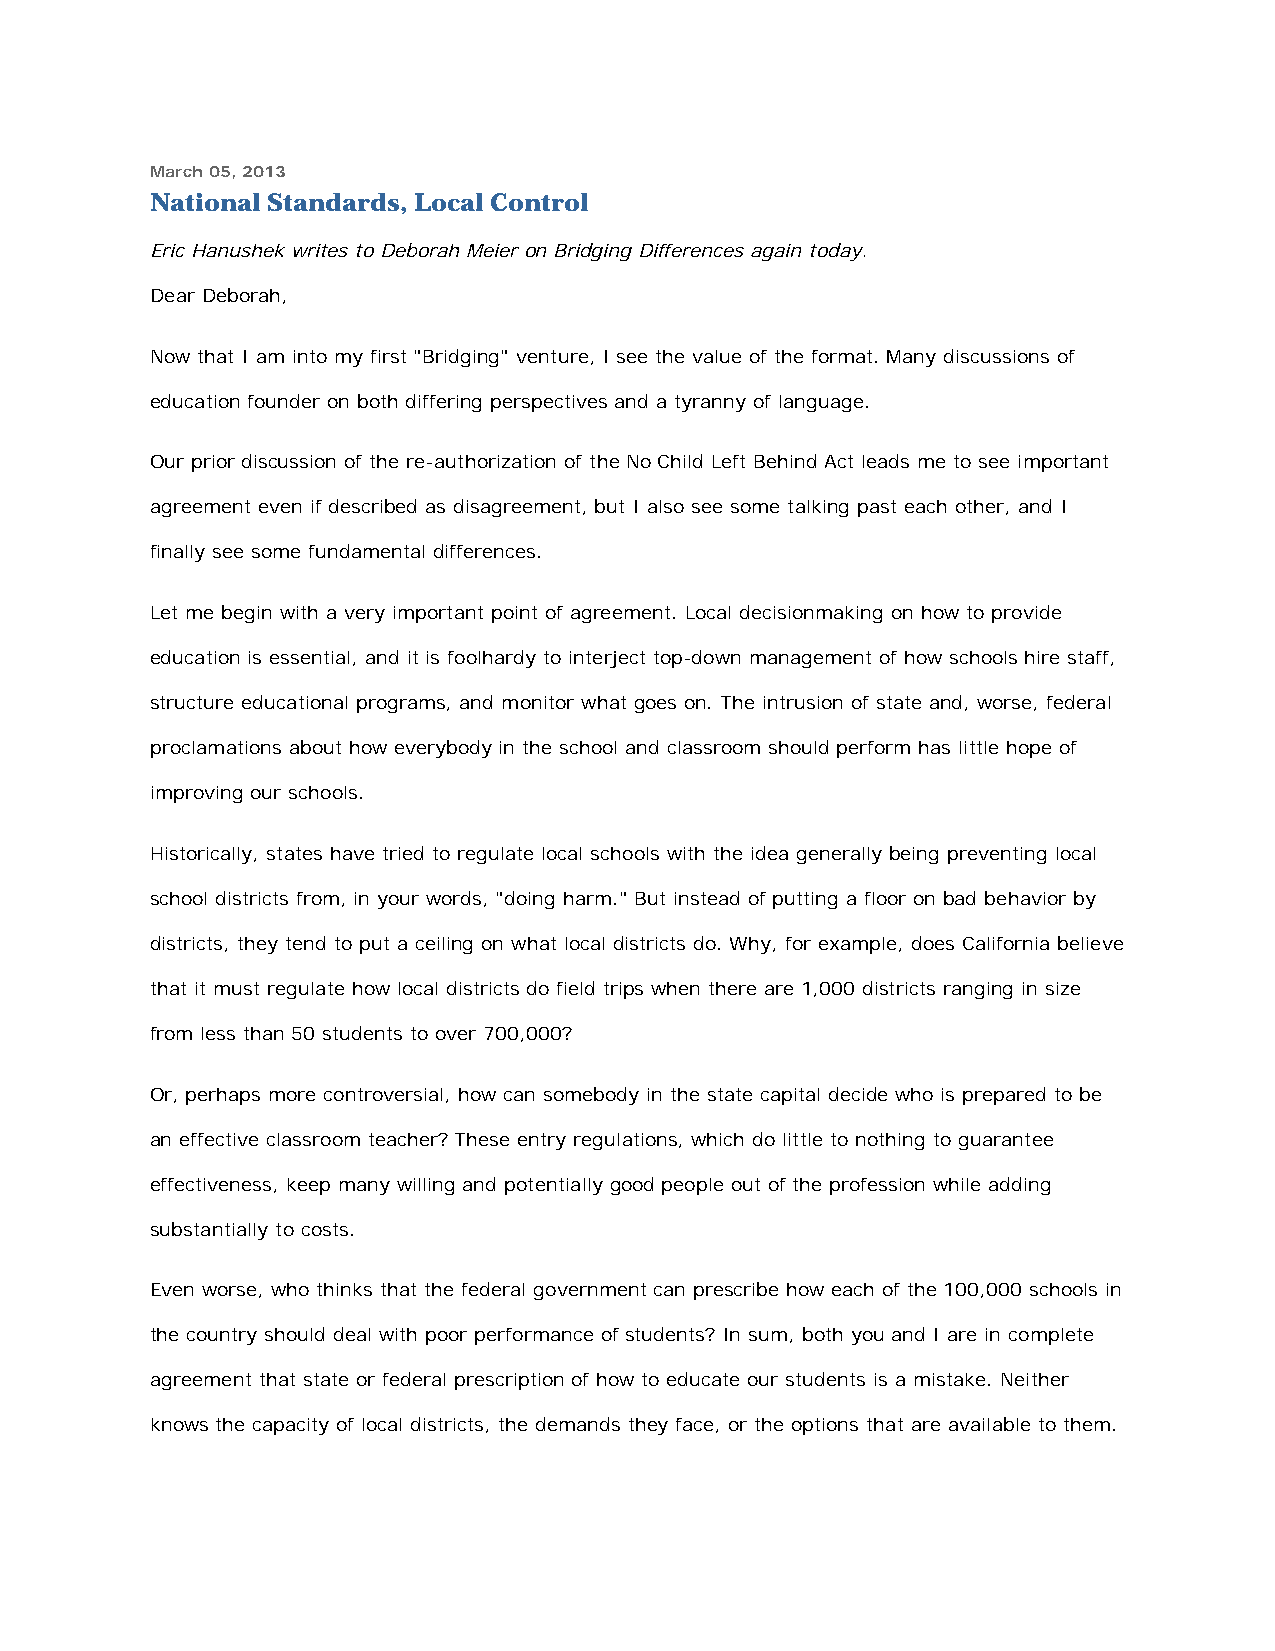
March 05, 2013
 National Standards, Local Control
 Eric Hanushek writes to Deborah Meier on Bridging Differences again today.
 Dear Deborah,
 Now that I am into my first "Bridging" venture, I see the value of the format. Many discussions of
 education founder on both differing perspectives and a tyranny of language.
 Our prior discussion of the re-authorization of the No Child Left Behind Act leads me to see important
 agreement even if described as disagreement, but I also see some talking past each other, and I
 finally see some fundamental differences.
 Let me begin with a very important point of agreement. Local decisionmaking on how to provide
 education is essential, and it is foolhardy to interject top-down management of how schools hire staff,
 structure educational programs, and monitor what goes on. The intrusion of state and, worse, federal
 proclamations about how everybody in the school and classroom should perform has little hope of
 improving our schools.
 Historically, states have tried to regulate local schools with the idea generally being preventing local
 school districts from, in your words, "doing harm." But instead of putting a floor on bad behavior by
 districts, they tend to put a ceiling on what local districts do. Why, for example, does California believe
 that it must regulate how local districts do field trips when there are 1,000 districts ranging in size
 from less than 50 students to over 700,000?
 Or, perhaps more controversial, how can somebody in the state capital decide who is prepared to be
 an effective classroom teacher? These entry regulations, which do little to nothing to guarantee
 effectiveness, keep many willing and potentially good people out of the profession while adding
 substantially to costs.
 Even worse, who thinks that the federal government can prescribe how each of the 100,000 schools in
 the country should deal with poor performance of students? In sum, both you and I are in complete
 agreement that state or federal prescription of how to educate our students is a mistake. Neither
 knows the capacity of local districts, the demands they face, or the options that are available to them.